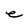
Character: e